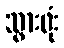
သွားဖုံး